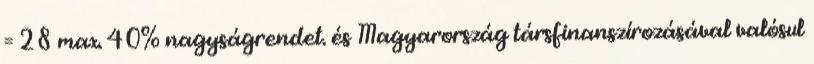
= 28 max. 40% nagyságrendet. és Magyarország társfinanszírozásával valósul